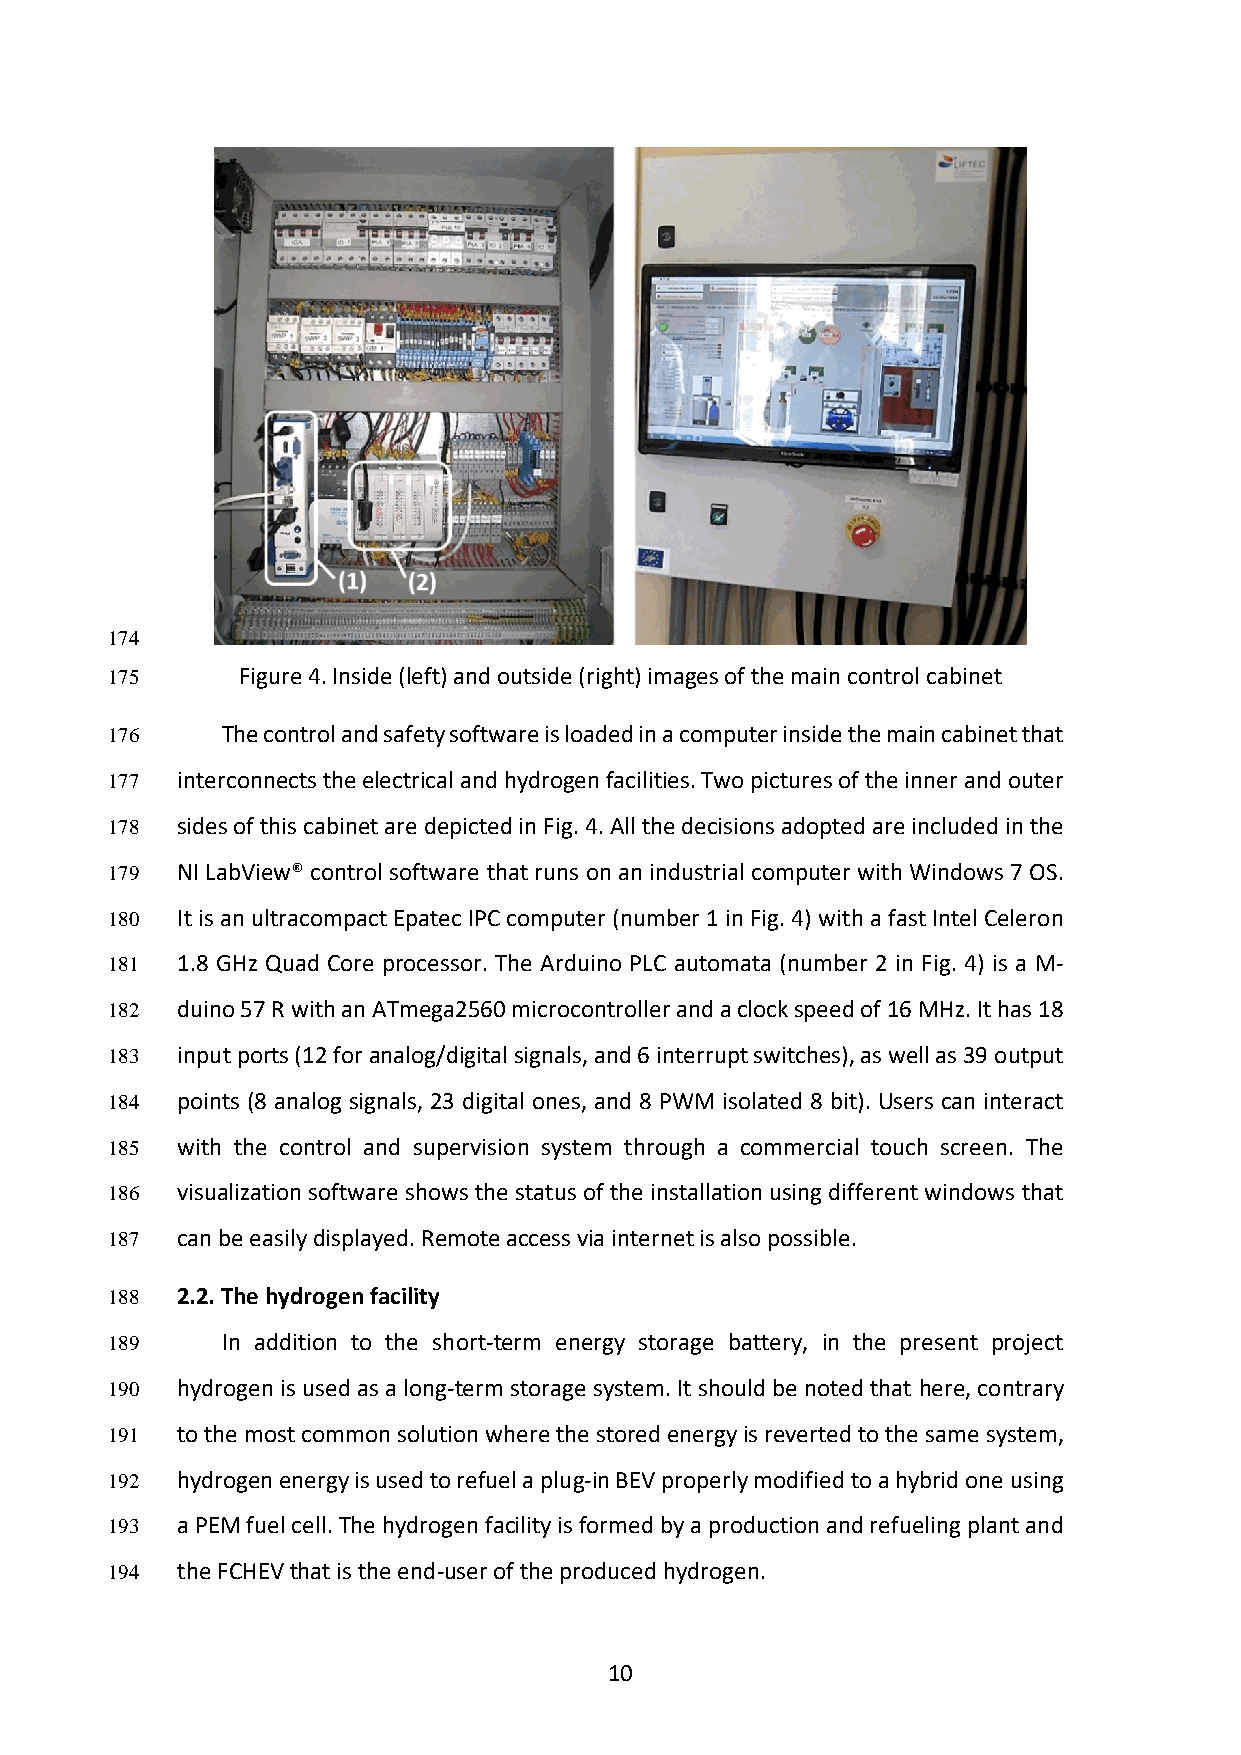
174
 175      Figure 4. Inside (left) and outside (right) images of the main control cabinet
 176     The control and safety software is loaded in a computer inside the main cabinet that
 177  interconnects the electrical and hydrogen facilities. Two pictures of the inner and outer
 178  sides of this cabinet are depicted in Fig. 4. All the decisions adopted are included in the
 179  NI LabView® control software that runs on an industrial computer with Windows 7 OS.
 180  It is an ultracompact Epatec IPC computer (number 1 in Fig. 4) with a fast Intel Celeron
 181  1.8 GHz Quad Core processor. The Arduino PLC automata (number 2 in Fig. 4) is a M-
 182  duino 57 R with an ATmega2560 microcontroller and a clock speed of 16 MHz. It has 18
 183  input ports (12 for analog/digital signals, and 6 interrupt switches), as well as 39 output
 184  points (8 analog signals, 23 digital ones, and 8 PWM isolated 8 bit). Users can interact
 185  with the control and supervision system through a commercial touch screen. The
 186  visualization software shows the status of the installation using different windows that
 187  can be easily displayed. Remote access via internet is also possible.
 188  2.2. The hydrogen facility
 189     In addition to the short-term energy storage battery, in the present project
 190  hydrogen is used as a long-term storage system. It should be noted that here, contrary
 191  to the most common solution where the stored energy is reverted to the same system,
 192  hydrogen energy is used to refuel a plug-in BEV properly modified to a hybrid one using
 193  a PEM fuel cell. The hydrogen facility is formed by a production and refueling plant and
 194  the FCHEV that is the end-user of the produced hydrogen.
 10